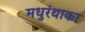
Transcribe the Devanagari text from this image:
मधुरंथाका